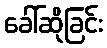
ခေါ်ဆိုခြင်း